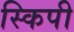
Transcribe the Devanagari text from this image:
स्किपी